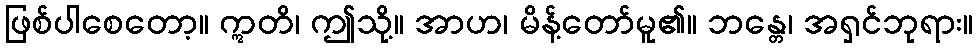
ဖြစ်ပါစေတော့။ ဣတိ၊ ဤသို့။ အာဟ၊ မိန့်တော်မူ၏။ ဘန္တေ၊ အရှင်ဘုရား။